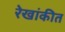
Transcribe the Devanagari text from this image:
रेखांकीत